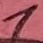
Text: 1